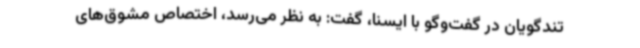
تندگویان در گفت‌وگو با ایسنا، گفت: به نظر می‌رسد، اختصاص مشوق‌های